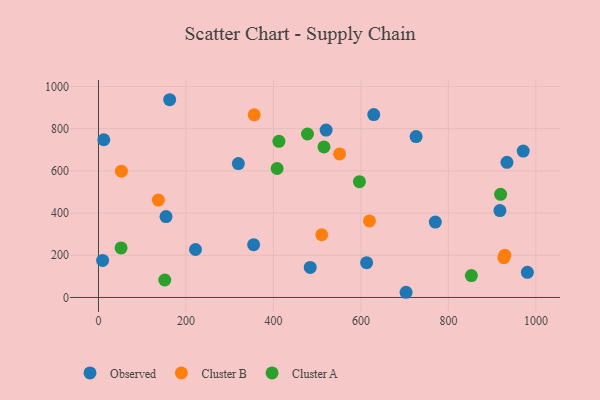
{"axis": {"x": "Price", "y": "Exam Score"}, "legend": ["Cluster A", "Cluster B", "Observed"], "data": [{"x": "354.7", "y": 250.4, "type": "Observed"}, {"x": "917.7", "y": 412.1, "type": "Observed"}, {"x": "980.5", "y": 119.1, "type": "Observed"}, {"x": "484.1", "y": 142.5, "type": "Observed"}, {"x": "221.8", "y": 227.3, "type": "Observed"}, {"x": "520.4", "y": 793.7, "type": "Observed"}, {"x": "162.8", "y": 937.5, "type": "Observed"}, {"x": "703.2", "y": 24.6, "type": "Observed"}, {"x": "629.3", "y": 867.3, "type": "Observed"}, {"x": "12.2", "y": 747.7, "type": "Observed"}, {"x": "9.5", "y": 175.7, "type": "Observed"}, {"x": "613.0", "y": 164.7, "type": "Observed"}, {"x": "726.1", "y": 762.6, "type": "Observed"}, {"x": "319.8", "y": 634.7, "type": "Observed"}, {"x": "971.0", "y": 694.1, "type": "Observed"}, {"x": "154.4", "y": 383.5, "type": "Observed"}, {"x": "770.0", "y": 357.4, "type": "Observed"}, {"x": "933.8", "y": 640.5, "type": "Observed"}, {"x": "137.0", "y": 461.9, "type": "Cluster B"}, {"x": "510.4", "y": 297.4, "type": "Cluster B"}, {"x": "356.0", "y": 865.9, "type": "Cluster B"}, {"x": "926.8", "y": 188.5, "type": "Cluster B"}, {"x": "619.5", "y": 362.7, "type": "Cluster B"}, {"x": "928.9", "y": 200.3, "type": "Cluster B"}, {"x": "52.4", "y": 598.6, "type": "Cluster B"}, {"x": "551.2", "y": 680.3, "type": "Cluster B"}, {"x": "151.6", "y": 82.8, "type": "Cluster A"}, {"x": "477.8", "y": 775.0, "type": "Cluster A"}, {"x": "919.3", "y": 489.1, "type": "Cluster A"}, {"x": "412.5", "y": 740.5, "type": "Cluster A"}, {"x": "596.6", "y": 549.2, "type": "Cluster A"}, {"x": "852.5", "y": 103.8, "type": "Cluster A"}, {"x": "408.4", "y": 611.5, "type": "Cluster A"}, {"x": "515.5", "y": 713.9, "type": "Cluster A"}, {"x": "51.7", "y": 234.8, "type": "Cluster A"}]}